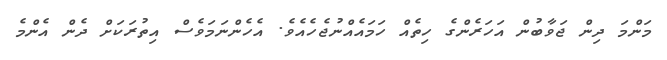
މަންމަ ދިން ޖަވާބުން އަހަރެންގެ ހިތެއް ހަމައެއްނުޖެހެއެވެ. އެހެންނަމަވެސް އިތުރަކަށް ދެން އެންމެ